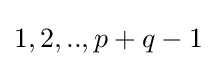
1,2,..,p+q-1